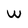
Character: W